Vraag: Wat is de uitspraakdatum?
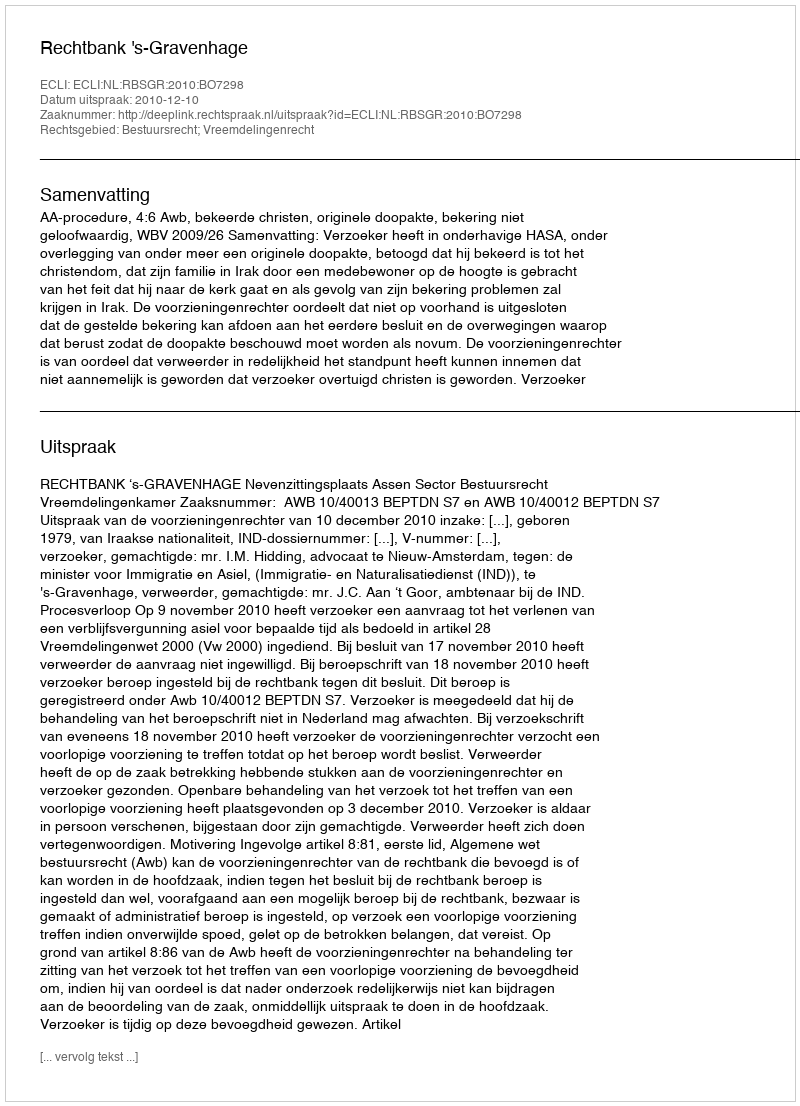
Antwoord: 2010-12-10